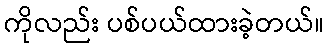
ကိုလည်း ပစ်ပယ်ထားခဲ့တယ်။